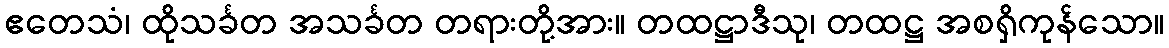
ဧတေသံ၊ ထိုသင်္ခတ အသင်္ခတ တရားတို့အား။ တထဋ္ဌာဒီသု၊ တထဋ္ဌ အစရှိကုန်သော။